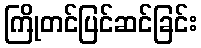
ကြိုတင်ပြင်ဆင်ခြင်း